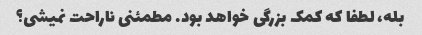
بله، لطفا که کمک بزرگی خواهد بود. مطمئنی ناراحت نمیشی؟